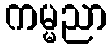
ကမ္မညာ